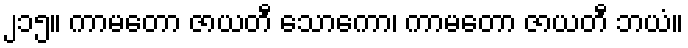
၂၁၅။ ကာမတော ဇာယတီ သောကော၊ ကာမတော ဇာယတီ ဘယံ။